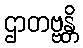
ဌာတဗ္ဗန္တိ